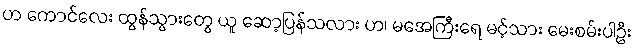
ဟ ကောင်လေး ထွန်သွားတွေ ယူ ဆော့ပြန်သလား ဟ၊ မအေကြီးရေ မင့်သား မေးစမ်းပါဦး